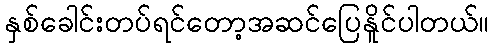
နှစ်ခေါင်းတပ်ရင်တော့အဆင်ပြေနိူင်ပါတယ်။